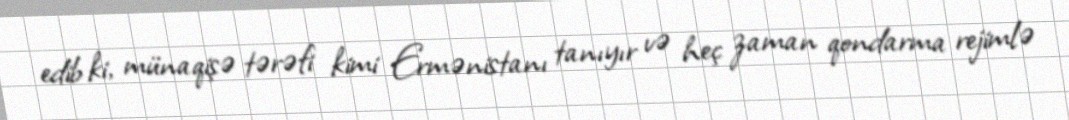
edib ki, münaqişə tərəfi kimi Ermənistanı tanıyır və heç zaman qondarma rejimlə